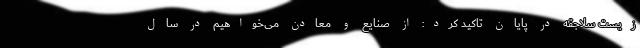
زیست سلاجقه در پایان تاکید کرد: از صنایع و معادن می‌خواهیم در سال